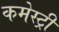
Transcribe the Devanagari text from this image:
कमेस्ट्री